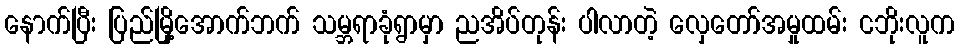
နောက်ပြီး ပြည်မြို့အောက်ဘက် သမ္ဘရာခုံရွာမှာ ညအိပ်တုန်း ပါလာတဲ့ လှေတော်အမှုထမ်း ငဘိုးလူက